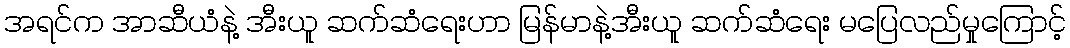
အရင်က အာဆီယံနဲ့ အီးယူ ဆက်ဆံရေးဟာ မြန်မာနဲ့အီးယူ ဆက်ဆံရေး မပြေလည်မှုကြောင့်